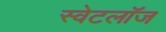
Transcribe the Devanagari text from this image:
स्वेटलॉज